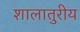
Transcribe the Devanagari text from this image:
शालातुरीय